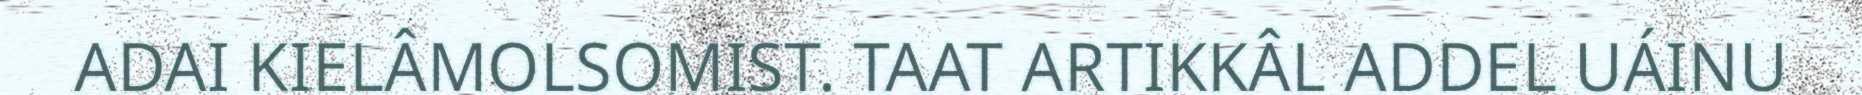
ADAI KIELÂMOLSOMIST. TAAT ARTIKKÂL ADDEL UÁINU